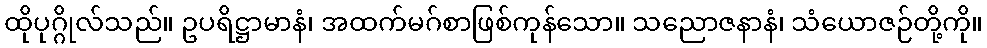
ထိုပုဂ္ဂိုလ်သည်။ ဥပရိဋ္ဌာမာနံ၊ အထက်မဂ်စာဖြစ်ကုန်သော။ သညောဇနာနံ၊ သံယောဇဉ်တို့ကို။